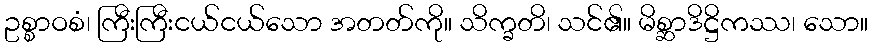
ဥစ္စာဝစံ၊ ကြီးကြီးငယ်ငယ်သော အတတ်ကို။ သိက္ခတိ၊ သင်၏။ မိစ္ဆာဒိဋ္ဌိကဿ၊ သော။